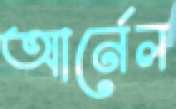
আর্নেল